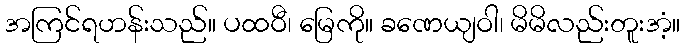
အကြင်ရဟန်းသည်။ ပထဝီ၊ မြေကို။ ခဏေယျဝါ၊ မိမိလည်းတူးအံ့။